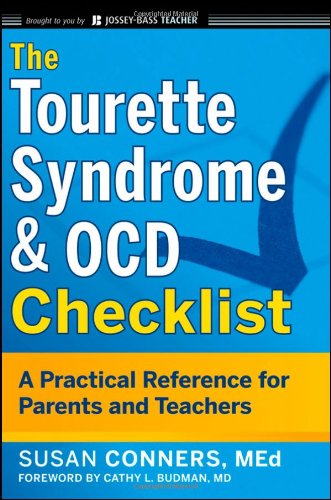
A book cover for The Tourette Syndrome & OCD Checklist: A Practical Reference for Parents and Teachers; Susan Conners; Health, Fitness & Dieting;